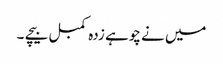
میں نے چوہے زدہ کمبل بیچے ۔